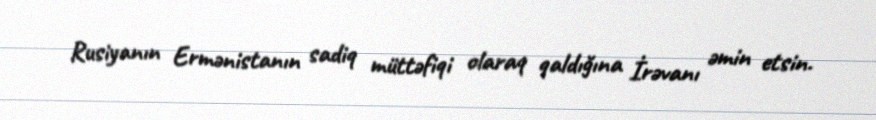
Rusiyanın Ermənistanın sadiq müttəfiqi olaraq qaldığına İrəvanı əmin etsin.